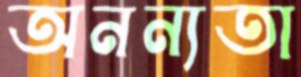
অনন্যতা